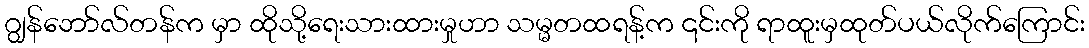
ဂျွန်ဘော်လ်တန်က မှာ ထိုသို့ရေးသားထားမှုဟာ သမ္မတထရန့်က ၎င်းကို ရာထူးမှထုတ်ပယ်လိုက်ကြောင်း